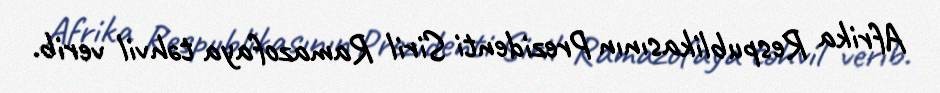
Afrika Respublikasının Prezidenti Siril Ramazofaya təhvil verib.